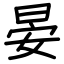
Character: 晏